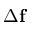
\Delta \mathbf { f }